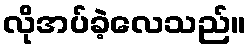
လိုအပ်ခဲ့လေသည်။